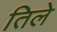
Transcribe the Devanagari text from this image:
तिले